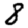
Digit: 8